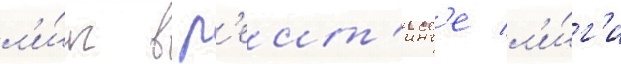
л'и́г в р'еит'инг'е л'и́г'и